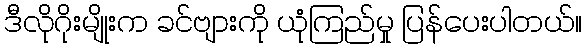
ဒီလိုဂိုးမျိုးက ခင်ဗျားကို ယုံကြည်မှု ပြန်ပေးပါတယ်။